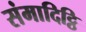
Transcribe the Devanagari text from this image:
संमादिट्ठि